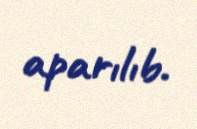
aparılıb.